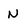
Character: N